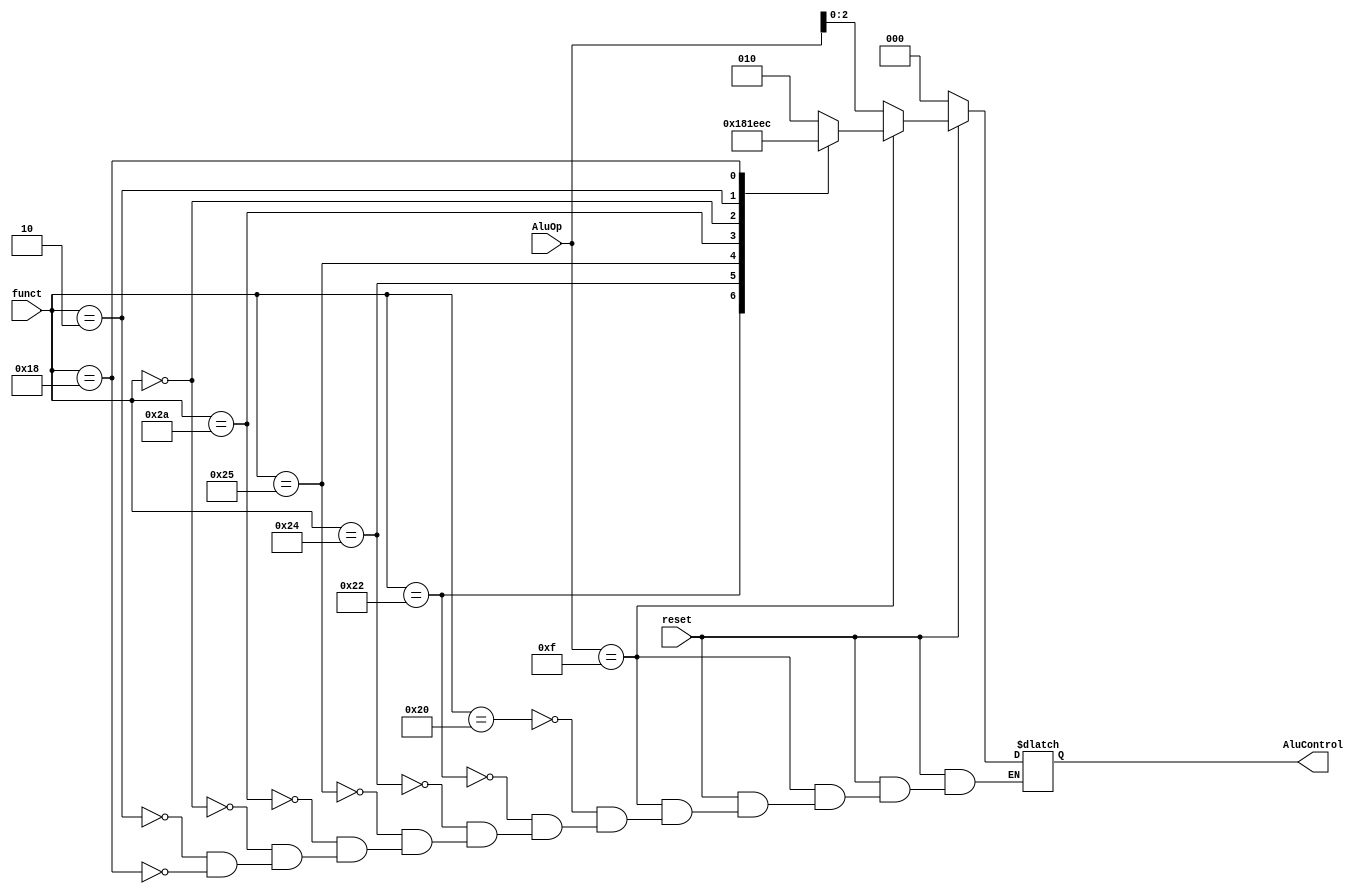
`timescale 1ns / 1ps
//////////////////////////////////////////////////////////////////////////////////
// Company: 
// Engineer: 
// 
// Design Name: 
// Module Name: alu_decoder
// Project Name: 
// Target Devices: 
// Tool Versions: 
// Description: 
// 
// Dependencies: 
// 
// Revision:
// Revision 0.01 - File Created
// Additional Comments:
// 
//////////////////////////////////////////////////////////////////////////////////


module alu_decoder(funct,reset,AluOp,AluControl);
input [5:0]funct;
input reset;
input [3:0]AluOp;
output [2:0]AluControl;
reg [2:0]alu_funct;
assign AluControl=alu_funct;

always@(*)
begin
    if(!reset)begin
    alu_funct=3'b0;
    end
    else if(AluOp==4'b1111)begin
    case(funct)
    6'b100000:alu_funct=3'b010;//add
    6'b100010:alu_funct=3'b110;//sub
    6'b100100:alu_funct=3'b000;//and
    6'b100101:alu_funct=3'b001;//or
    6'b101010:alu_funct=3'b111;//slt
    6'b000000:alu_funct=3'b011;//sll
    6'b000010:alu_funct=3'b101;//srl
    6'b011000:alu_funct=3'b100;//mult
    endcase
    end
    else begin
    alu_funct=AluOp[2:0];
    end
end
endmodule